Annual report of the Punjab Veterinary College and of the Civil Veterinary Department, Punjab - 1926-1932
Year: 1926
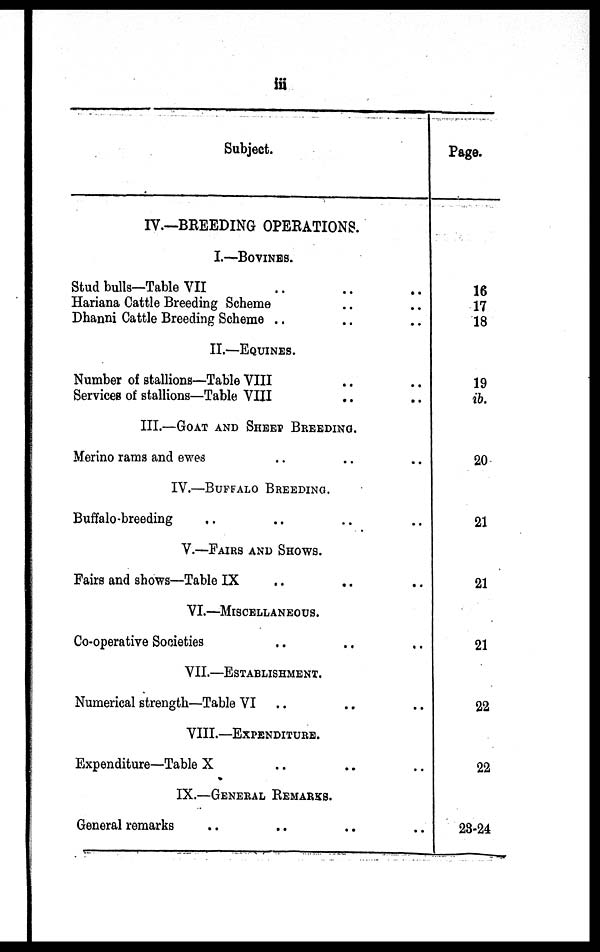
iii
Subject.
IV.—BREEDING OPERATIONS.
I.—BOVINES.
Stud bulls—Table VII .. .. ..
Hariana Cattle Breeding Scheme .. ..
Dhanni Cattle Breeding Scheme .. .. ..
II.—EQUINES.
Number of stallions—Table VIII .. ..
Services of stallions—Table VIII .. ..
III.—GOAT AND SHEEP BREEDING.
Merino rams and ewes .. .. ..
IV.—BUFFALO BREEDING.
Buffalo-breeding .. .. .. ..
V.—FAIRS AND SHOWS.
Fairs and shows—Table IX .. .. ..
VI.—MISCELLANEOUS.
Co-operative Societies .. .. ..
VII.—ESTABLISHMENT
Numerical strength—Table VI .. .. ..
VIII.—EXPENDITURE
Expenditure—Table X .. .. .. ..
IX.—GENERAL REMARKS.
General remarks .. .. .. ..
Page.
16
17
18
19
ib.
20
21
21
21
22
22
28-24